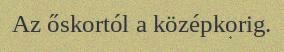
Az őskortól a középkorig.